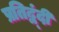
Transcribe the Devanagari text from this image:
प्रतिद्व्ंदी